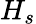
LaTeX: H_{s}